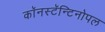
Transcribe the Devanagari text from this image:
काॅनस्टॅन्टिनोपल